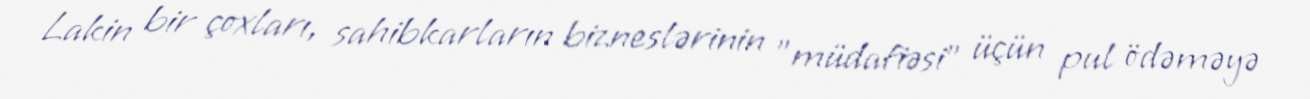
Lakin bir çoxları, sahibkarların bizneslərinin "müdafiəsi" üçün pul ödəməyə